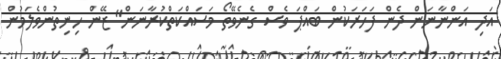
އަދި އަންނާނަން ދެން ފަހަރަކުން ބައްޕަ ވެސް ގެނެވޭތޯ މަސައްކަތްކުރާނަން" ޒޭން ހިނިތުންވެލަމުން